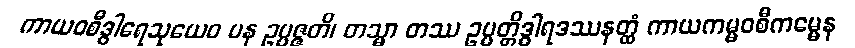
ကာယဝစီဒွါရေသုယေဝ ပန ဥပ္ပဇ္ဇတိ၊ တသ္မာ တဿ ဥပ္ပတ္တိဒွါရဒဿနတ္ထံ ကာယကမ္မဝစီကမ္မေန